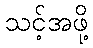
သင့်အဖို့